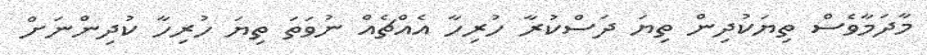
މާދަމާވެސް ތިޔަކުދިން ތިޔަ ދަސްކުރާ ހުރިހާ އެއްޗެއް ނުވަތަ ތިޔަ ހުރިހާ ކުދިންނަށް